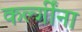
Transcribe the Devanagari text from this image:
कर्ल्गींना